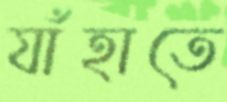
যাঁহাতে